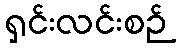
ရှင်းလင်းစဉ်